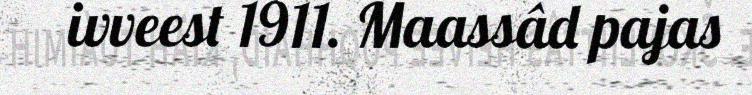
ivveest 1911. Maassâd pajas